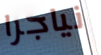
نياجرا